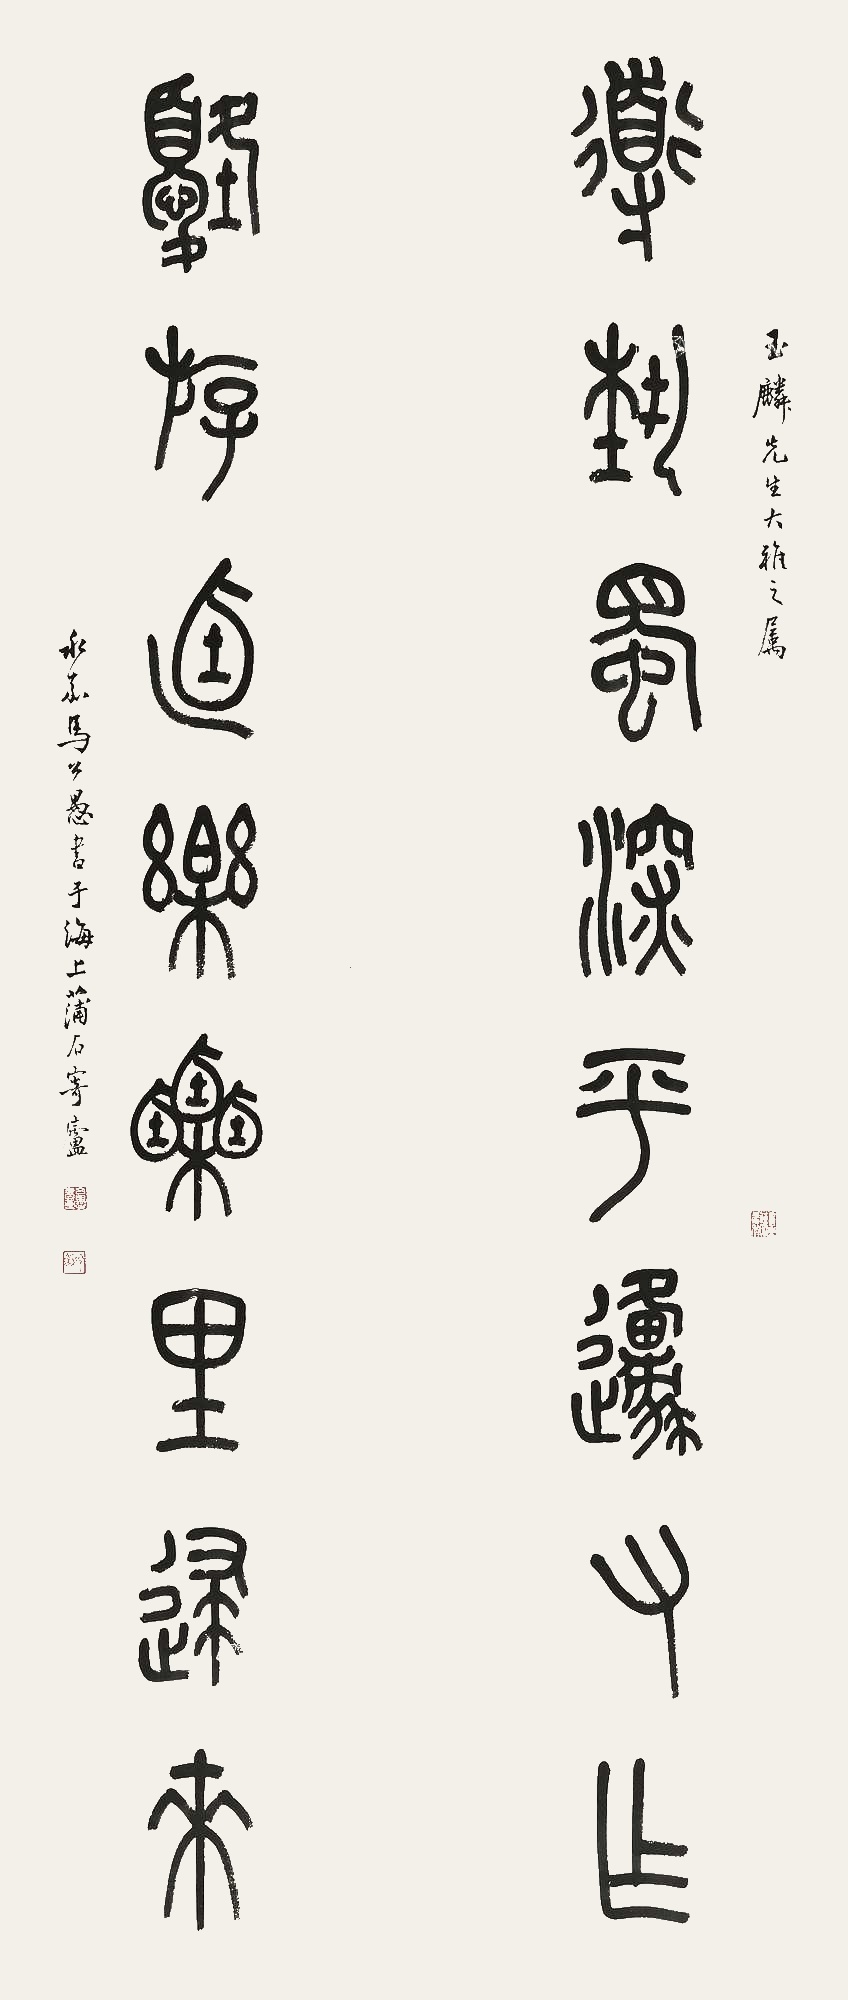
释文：道艺蜀深平原有作，优游乃乐粟里归来。玉麟先生大雅之属，永嘉马公愚书于海上蒲石寄庐。